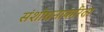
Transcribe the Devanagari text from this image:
संशोधनाकरिता